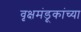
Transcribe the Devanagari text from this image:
वृक्षमंडूकांच्या